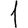
Digit: 1